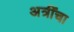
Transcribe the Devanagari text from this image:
अत्रींचा